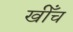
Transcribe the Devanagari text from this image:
खीँच